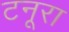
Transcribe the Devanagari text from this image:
टनूरा